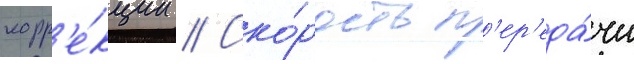
корр'е́кции // Ско́рость п'ер'еда́чи